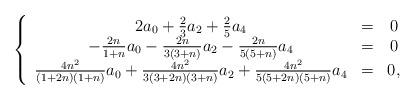
LaTeX: \begin{align*}\left\{\begin{array}{ccc}2a_0 + \frac{2}{3}a_2 + \frac{2}{5}a_4&=&0\\-\frac{2n}{1+n}a_0 - \frac{2n}{3(3+n)}a_2 - \frac{2n}{5(5+n)}a_4&=&0\\\frac{4n^2}{(1+2n)(1+n)}a_0 + \frac{4n^2}{3(3+2n)(3+n)}a_2 + \frac{4n^2}{5(5+2n)(5+n)}a_4&=&0,\end{array}\right.\end{align*}